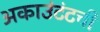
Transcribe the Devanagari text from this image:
अकाउंटंटची